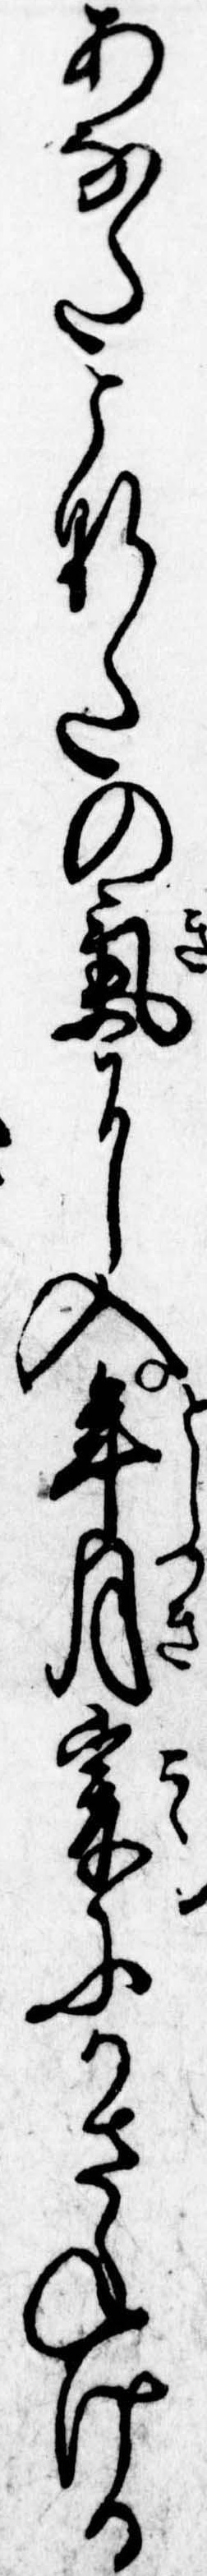
あなたこなたの気に入年月爰にかさねける